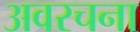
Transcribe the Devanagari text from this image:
अवरचना